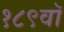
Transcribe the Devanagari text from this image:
१८९वॉ